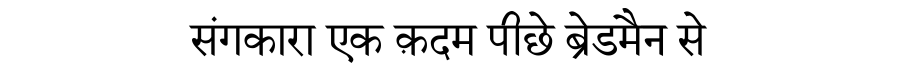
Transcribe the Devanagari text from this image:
संगकारा एक क़दम पीछे ब्रेडमैन से